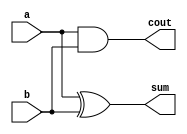
`timescale 1ns/1ps

module half_adder(a, b, cout, sum);
    input a, b;
    output cout, sum;

    xor X(sum, a, b);
    and A(cout, a, b);

endmodule

module Full_Adder(a, b, cin, cout, sum);
    input a, b, cin;
    output cout, sum;

    wire w1, w2, w3;

    half_adder H0(a, b, w1, w2);
    half_adder H1(w2, cin, w3, sum);
    or O0(cout, w3, w1);

endmodule

module Ripple_Carry_Adder(a, b, cin, cout, sum);
    input [4-1:0] a, b;
    input cin;
    output cout;
    output [4-1:0] sum;

    wire tmp[3-1:0];

    if (1) begin
        Full_Adder F4(b[0], b[0], cin, tmp[0], sum[0]);
        Full_Adder F5(b[1], b[1], tmp[0], tmp[1], sum[1]);
        Full_Adder F6(b[2], b[2], tmp[1], tmp[2], sum[2]);
        Full_Adder F7(b[3], b[3], tmp[2], cout, sum[3]);
    end
    else begin
        Full_Adder F0(a[0], b[0], cin, tmp[0], sum[0]);
        Full_Adder F1(a[1], b[1], tmp[0], tmp[1], sum[1]);
        Full_Adder F2(a[2], b[2], tmp[1], tmp[2], sum[2]);
        Full_Adder F3(a[3], b[3], tmp[2], cout, sum[3]);
    end

endmodule